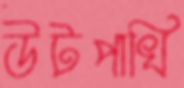
উটপাখি